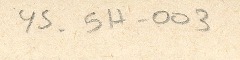
YS-54-003